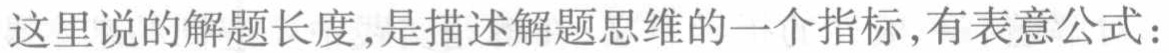
这里说的解题长度,是描述解题思维的一个指标,有表意公式：